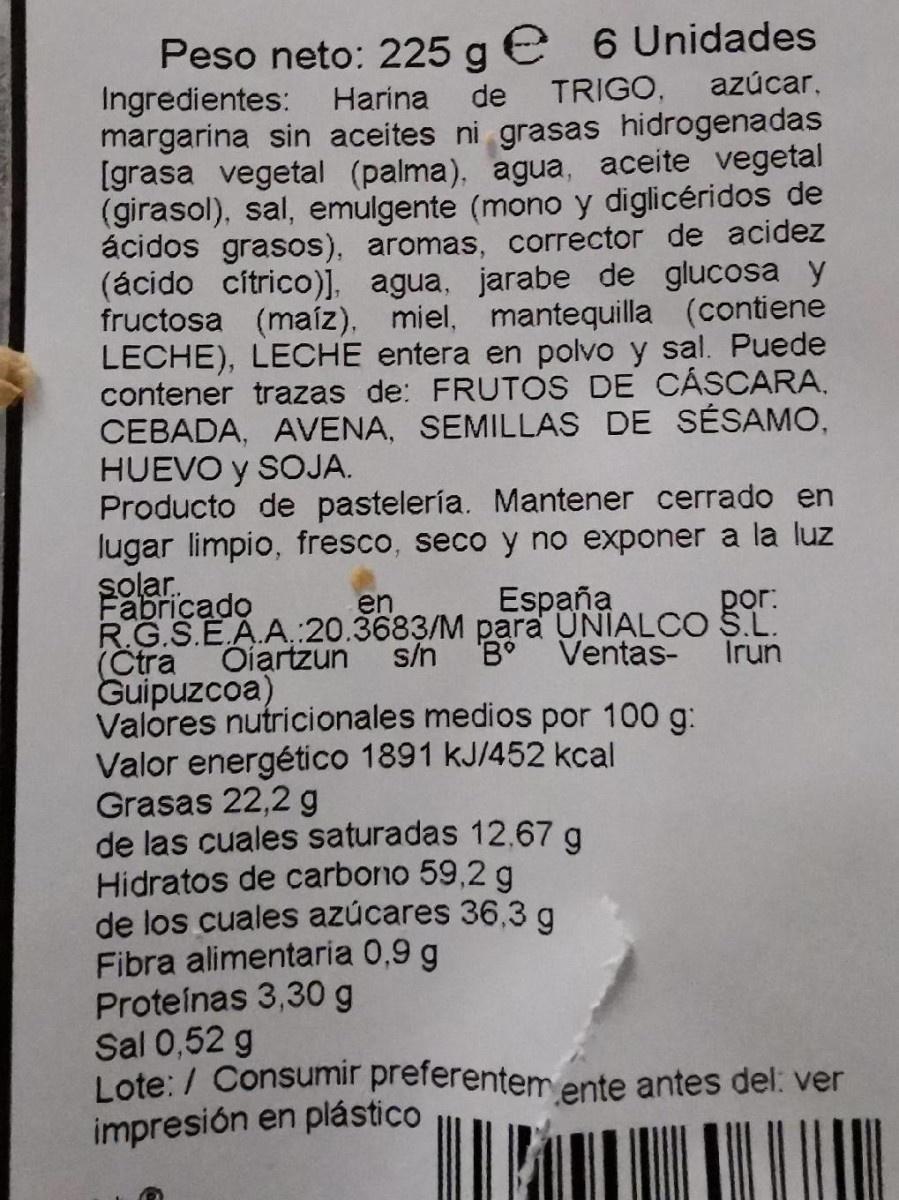
Peso neto: 225 g e 6 Unidades Ingredientes: Harina
de
TRIGO,
azúcar,
margarina sin aceites ni grasas hidrogenadas [grasa vegetal (palma), agua, aceite vegetal (girasol), sal, emulgente (mono y diglicéridos de ácidos grasos), aromas, corrector de acidez (ácido cítrico)], agua, jarabe de glucosa y fructosa (maíz), miel, mantequilla (contiene LECHE), LECHE entera en polvo y sal. Puede contener trazas de: FRUTOS DE CÁSCARA, CEBADA, AVENA, SEMILLAS DE SÉSAMO, HUEVO y SOJA. Producto de pastelería. Mantener cerrado en lugar limpio, fresco, seco y no exponer a la luz solar. Fabricado R.G.S.E.A.A.:20.3683/M para UNIALCO S.L. (Ctra Guipuzcoa) Valores nutricionales medios por 100 g:
España B Ventas-
en
por:
Oiartzun
s/n
Irun
Valor energético 1891 kJ/452 kcal Grasas 22,2 g de las cuales saturadas 12,67 g Hidratos de carbono 59,2 g de los cuales azúcares 36,3 g
Fibra alimentaria 0,9 g Proteínas 3,30 g Sal 0,52 g Lote: / Consumir preferentem ente antes del: ver
impresión en plástico